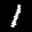
Label: 1